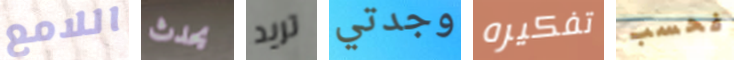
اللامع يحدث تريد وجدتي تفكيره فحسب